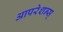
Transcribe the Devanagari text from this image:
आपरेशन्स्